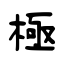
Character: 極